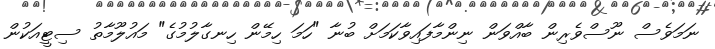
ނަމަވެސް ނޫސްވެރިން ބާއްވަން ނިންމާފައިވާކަމަށް ބުނާ "ހަމަ ހިމޭން ހިނގާލުމުގެ" މައުލޫމާތު ސިޓީއަކުން